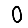
Digit: 0